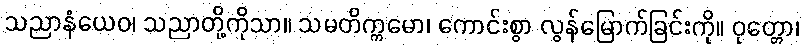
သညာနံယေဝ၊ သညာတို့ကိုသာ။ သမတိက္ကမော၊ ကောင်းစွာ လွန်မြောက်ခြင်းကို။ ဝုတ္တော၊